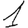
Digit: 1